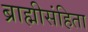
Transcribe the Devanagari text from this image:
ब्राह्मीसंहिता